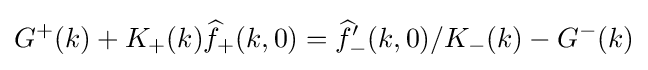
G^{+}(k)+K_{+}(k){\widehat {f}}_{+}(k,0)={\widehat {f}}'_{-}(k,0)/K_{-}(k)-G^{-}(k)